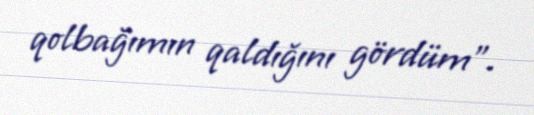
qolbağımın qaldığını gördüm”.